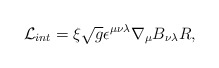
\begin{align*}\mathcal{L}_{int}=\xi \sqrt{g}\epsilon ^{\mu \nu \lambda }\nabla _{\mu}B_{\nu \lambda }R, \end{align*}